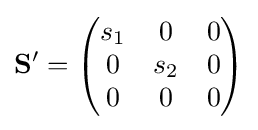
\mathbf {S} '={\begin{pmatrix}s_{1}&0&0\\0&s_{2}&0\\0&0&0\end{pmatrix}}